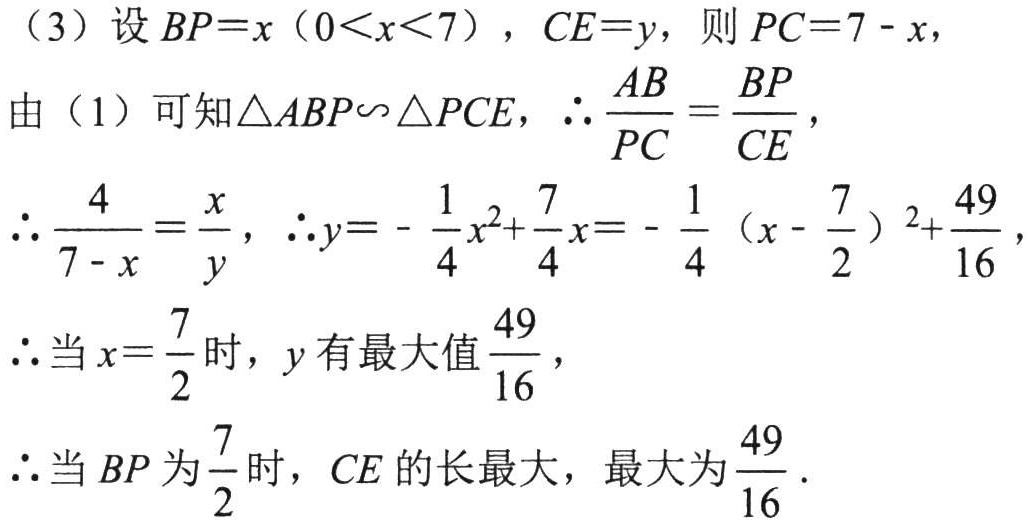
（3）设 \(BP = x\ (0 < x < 7)\)，\(CE = y\)，则 \(PC = 7 - x\)，

由（1）可知\(\triangle ABP\sim\triangle PCE\)，\(\therefore\frac{AB}{PC}=\frac{BP}{CE}\)，

\(\therefore\frac{4}{7 - x}=\frac{x}{y}\)，\(\therefore y = -\frac{1}{4}x^{2}+\frac{7}{4}x=-\frac{1}{4}(x - \frac{7}{2})^{2}+\frac{49}{16}\)，

\(\therefore\)当 \(x = \frac{7}{2}\)时，\(y\)有最大值\(\frac{49}{16}\)，

\(\therefore\)当 \(BP\)为\(\frac{7}{2}\)时，\(CE\)的长最大，最大为\(\frac{49}{16}\)．